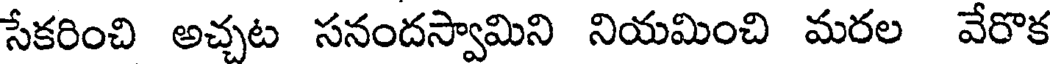
సేకరించి అచ్చట సనందస్వామిని నియమించి మరల వేరొక